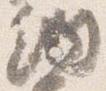
納